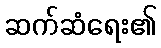
ဆက်ဆံရေး၏